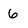
Character: 6